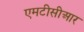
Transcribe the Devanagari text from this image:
एमटीसीआर